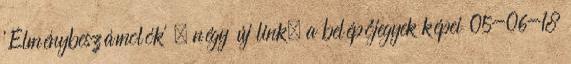
'Élménybeszámolók' » négy új link, a belépőjegyek képei 05-06-18